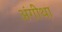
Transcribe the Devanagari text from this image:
अंगीथा